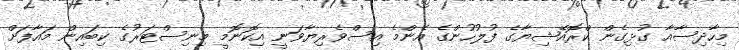
މިހާދިސާއާ ގުޅިގެން ކްރޮއޭޝިޔާގެ ފުލުހުންގެ އެންމެ އިސްވެރިޔާވަނީ އިކޮނޮމީ މިނިސްޓަރުގެ ކިބައިން މައާފަށް